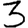
Digit: 3